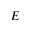
E